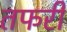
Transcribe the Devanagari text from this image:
तफरी